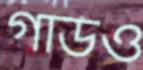
গার্ডও